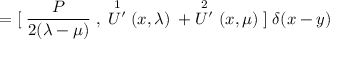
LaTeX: = { [ } \; \frac { P } { 2 ( \lambda - \mu ) } \; , \; \stackrel { 1 } { U ^ { \prime } } ( x , \lambda ) \, \; + \stackrel { 2 } { U ^ { \prime } } ( x , \mu ) \; { ] } \; \delta ( x - y )